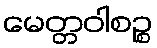
မေတ္တဝါစဉ္စ